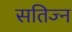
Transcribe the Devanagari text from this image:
सतिज्न